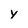
Character: y